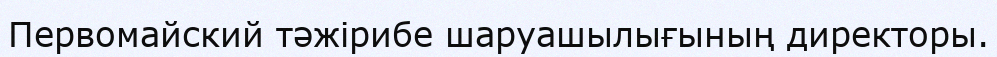
Первомайский тәжірибе шаруашылығының директоры.